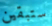
ستبقين